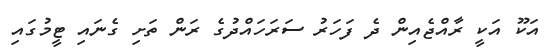
އަކޫ އަކީ ރާއްޖެއިން ދެ ފަހަރު ސަރަހައްދުގެ ރަން ތަށި ގެނައި ޓީމުގައި